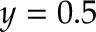
y = 0 . 5